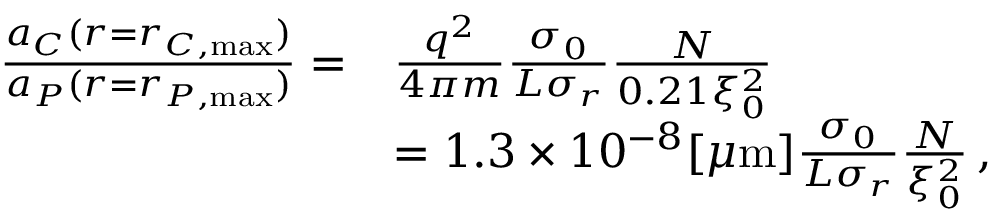
\begin{array} { r l } { \frac { a _ { C } ( r = r _ { C , \mathrm { m a x } } ) } { a _ { P } ( r = r _ { P , \mathrm { m a x } } ) } = } & { \frac { q ^ { 2 } } { 4 \pi m } \frac { \sigma _ { 0 } } { L \sigma _ { r } } \frac { N } { 0 . 2 1 \xi _ { 0 } ^ { 2 } } } \\ & { = 1 . 3 \times 1 0 ^ { - 8 } [ \mu \mathrm { m } ] \frac { \sigma _ { 0 } } { L \sigma _ { r } } \frac { N } { \xi _ { 0 } ^ { 2 } } \, , } \end{array}